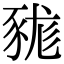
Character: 𧱓